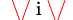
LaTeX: _{\mathrm{~\mathit~\/ ~i~\/ ~}}